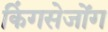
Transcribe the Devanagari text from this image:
किंगसेजोंग